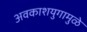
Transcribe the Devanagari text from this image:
अवकाशयुगामुळे